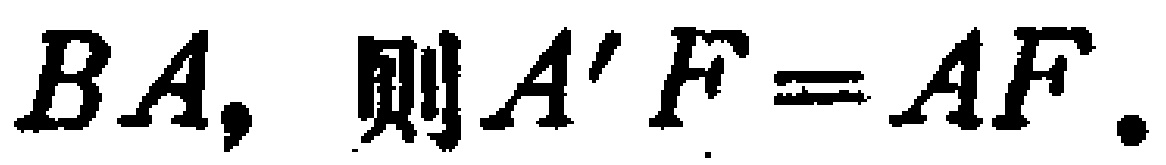
$BA, 则A'F = AF.$